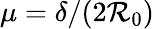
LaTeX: \mu=\delta/(2\mathcal{R}_{0})